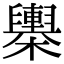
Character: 𣟰